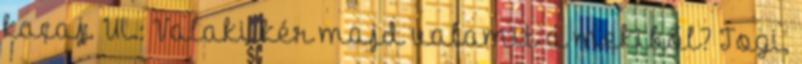
kacaj. Ui.: Valaki kér majd valamit a mekiből? Togi,